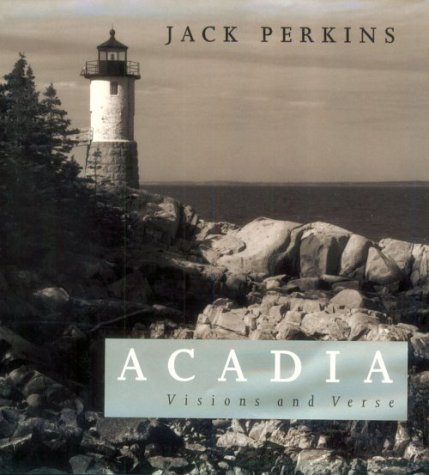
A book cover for Acadia: Visions and Verse; Jack Perkins; Travel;